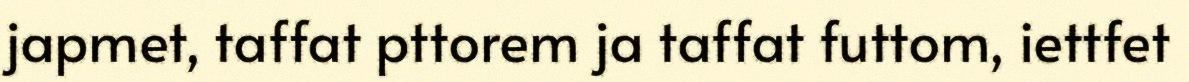
japmet, taffat pttorem ja taffat futtom, iettfet